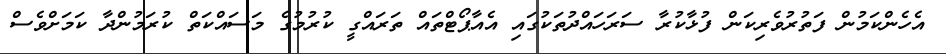
އެހެންކަމުން ފަތުރުވެރިކަން ފުޅާކުރާ ސަރަހައްދުތަކުގައި އެއާޕޯޓްތައް ތަރައްގީ ކުރުމުގެ މަސައްކަތް ކުރަމުންދާ ކަމަށްވެސް